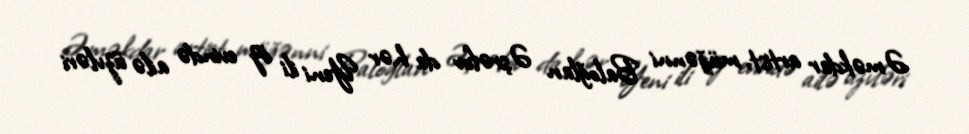
Əməkdar artist, müğənni Baloğlan Əşrəfov da hər Yeni ili öz evində ailə üzvləri